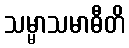
သမ္မာသမာဓီတိ